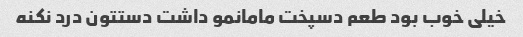
خیلی خوب بود طعم دسپخت مامانمو داشت دستتون درد نکنه